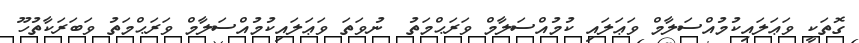
ގޮތަކީ ވަޢަލައިކުމުއްސަލާމް ވަޢަލައި ކުމުއްސަލާމް ވަރަޙްމަތު  ނުވަތަ ވަޢަލައިކުމުއްސަލާމް ވަރަޙްމަތު ވަބަރަކާތުހޫ